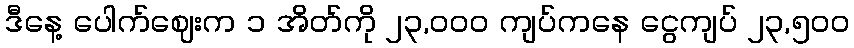
ဒီနေ့ ပေါက်ဈေးက ၁ အိတ်ကို ၂၃,၀၀၀ ကျပ်ကနေ ငွေကျပ် ၂၃,၅၀၀